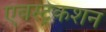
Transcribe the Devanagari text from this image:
एबस्ट्रेकशन